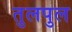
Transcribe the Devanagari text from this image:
तुलपुल